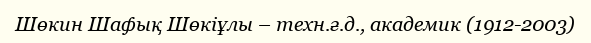
Шөкин Шафық Шөкіұлы – техн.ғ.д., академик (1912-2003)